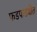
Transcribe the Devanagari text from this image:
फडफडवीत